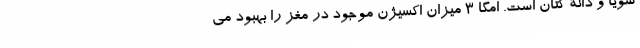
سویا و دانۀ کتان است. امگا 3 میزان اکسیژن موجود در مغز را بهبود می